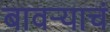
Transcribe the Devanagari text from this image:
बावऱ्याचं